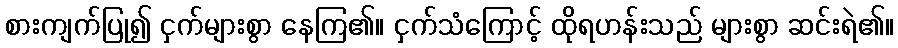
စားကျက်ပြု၍ ငှက်များစွာ နေကြ၏။ ငှက်သံကြောင့် ထိုရဟန်းသည် များစွာ ဆင်းရဲ၏။